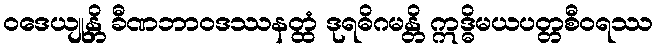
ဝဒေယျုန္တိ ခီဏဘာဝဒဿနတ္ထံ ဒုရဓိဂမန္တိ ဣဒ္ဓိမယပတ္တစီဝရဿ